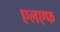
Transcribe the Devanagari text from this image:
एलएफ